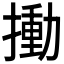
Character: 𢳾